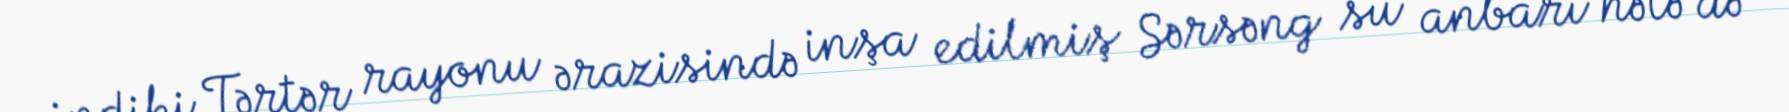
indiki Tərtər rayonu ərazisində inşa edilmiş Sərsəng su anbarı hələ də